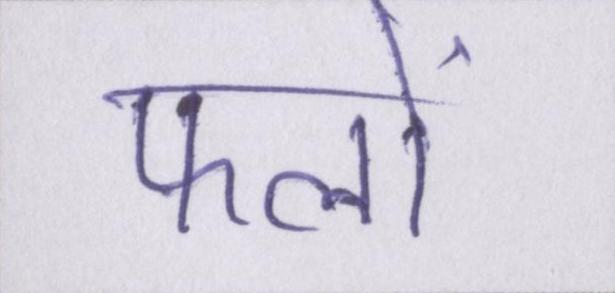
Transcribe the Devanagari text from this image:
फलों